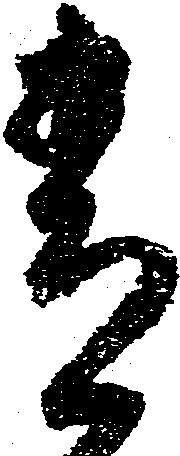
春